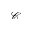
\mathcal { C }